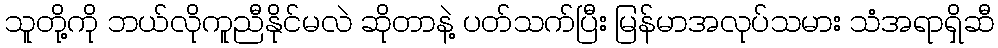
သူတို့ကို ဘယ်လိုကူညီနိုင်မလဲ ဆိုတာနဲ့ ပတ်သက်ပြီး မြန်မာအလုပ်သမား သံအရာရှိဆီ